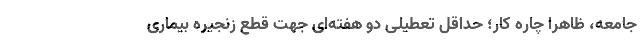
جامعه، ظاهراً چاره کار؛ حداقل تعطیلی دو هفته‌ای جهت قطع زنجیره بیماری